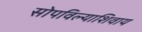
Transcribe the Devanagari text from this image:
सोपविल्याशिवाय